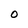
Character: O